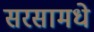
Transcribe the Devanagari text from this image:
सरसामधे